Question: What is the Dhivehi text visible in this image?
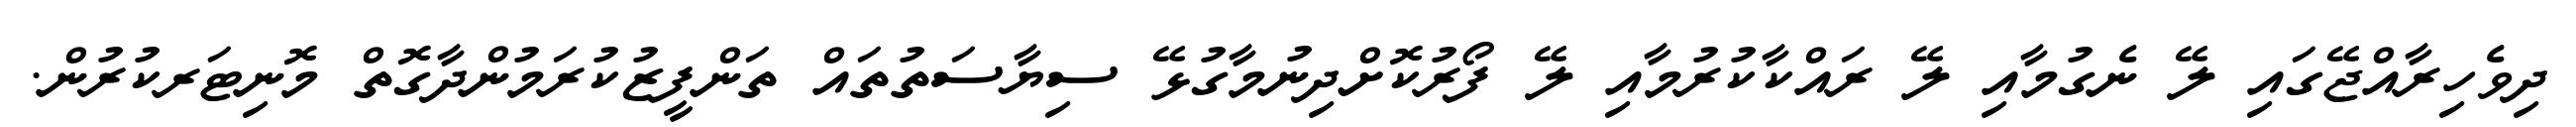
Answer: ދިވެހިރާއްޖޭގައި ލޭ ނެގުމާއި ލޭ ރައްކާކުރުމާއި ލޭ ފޯރުކޮށްދިނުމާގުޅޭ ސިޔާސަތުތައް ތަންފީޒުކުރަމުންދާގޮތް މޮނިޓަރކުރުން.